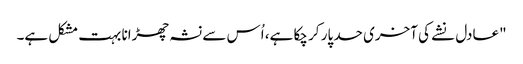
"عادل نشے کی آخری حد پار کر چکا ہے، اُس سے نشہ چھڑانا بہت مشکل ہے۔